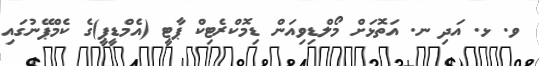
ވ. ޅ. އަދި ނ. އަތޮޅަށް މޯލްޑިވިއަން ޑިމޮކްރެޓިކް ޕާޓީ (އެމްޑީޕީ)ގެ ކެމްޕޭނުގައި